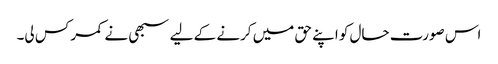
اس صورت حال کو اپنے حق میں کرنے کے لیے سبھی نے کمر کس لی۔